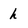
Character: h